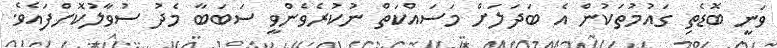
ވަނީ ބޮޑެތި ގައުމުތަކުން އެ ބަދަލަށް މަސައްކަތް ނުކުރެވެންވީ ސަބަބާ މެދު ސުވާލުކޮށްފައެވެ.